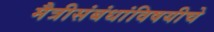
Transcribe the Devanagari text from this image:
मैत्रीसंबंधांविषयीचे